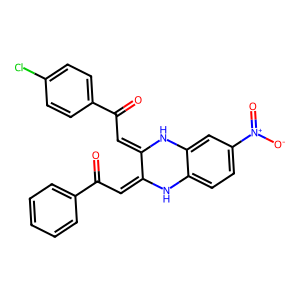
SMILES: O=C(C=C1Nc2ccc([N+](=O)[O-])cc2NC1=CC(=O)c1ccc(Cl)cc1)c1ccccc1
Inhibits HIV replication: No